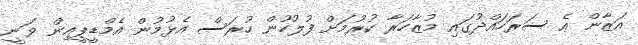
އަޒާން އެ ސަރަހައްދުގައި މުޒާހަރާ ކުރުމަށް ފުލުހުން ހުރަސް އެޅުމުން އެމްޑީޕީއިން ވަނީ